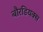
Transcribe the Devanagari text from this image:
बौरडियक्स